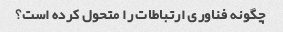
چگونه فناوری ارتباطات را متحول کرده است؟